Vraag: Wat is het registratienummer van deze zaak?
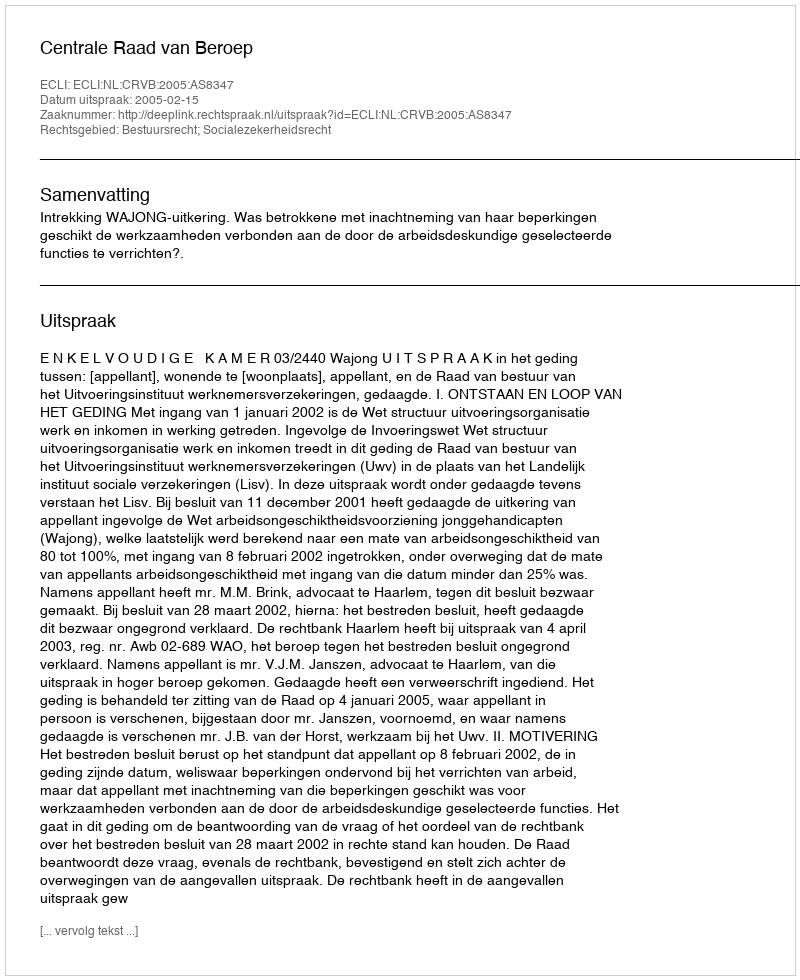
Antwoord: http://deeplink.rechtspraak.nl/uitspraak?id=ECLI:NL:CRVB:2005:AS8347